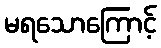
မရသောကြောင့်